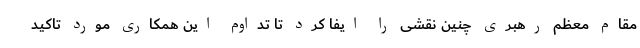
مقام معظم رهبری چنین نقشی را ایفا کرد تا تداوم این همکاری مورد تاکید